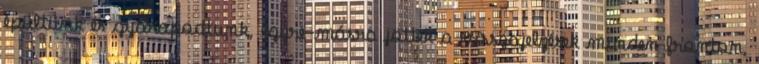
épültünk és gyarapodtunk, egyre-másra jöttek a visszajelzések minden fronton,